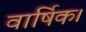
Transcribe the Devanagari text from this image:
वार्षिक।